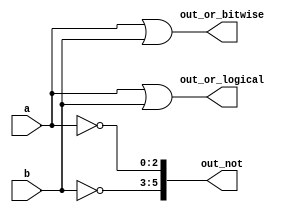
//https://hdlbits.01xz.net/wiki/Vectorgates

module top_module(
    input [2:0] a,
    input [2:0] b,
    output [2:0] out_or_bitwise,
    output out_or_logical,
    output [5:0] out_not
);
	assign out_or_bitwise = a | b;
    assign out_or_logical = a || b;
    assign out_not = {~b, ~a};
endmodule